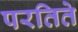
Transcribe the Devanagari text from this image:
परतिते